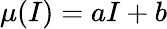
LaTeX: \mu(I)=aI+b